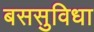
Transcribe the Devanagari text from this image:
बससुविधा